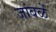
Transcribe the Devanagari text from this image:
जांबळें